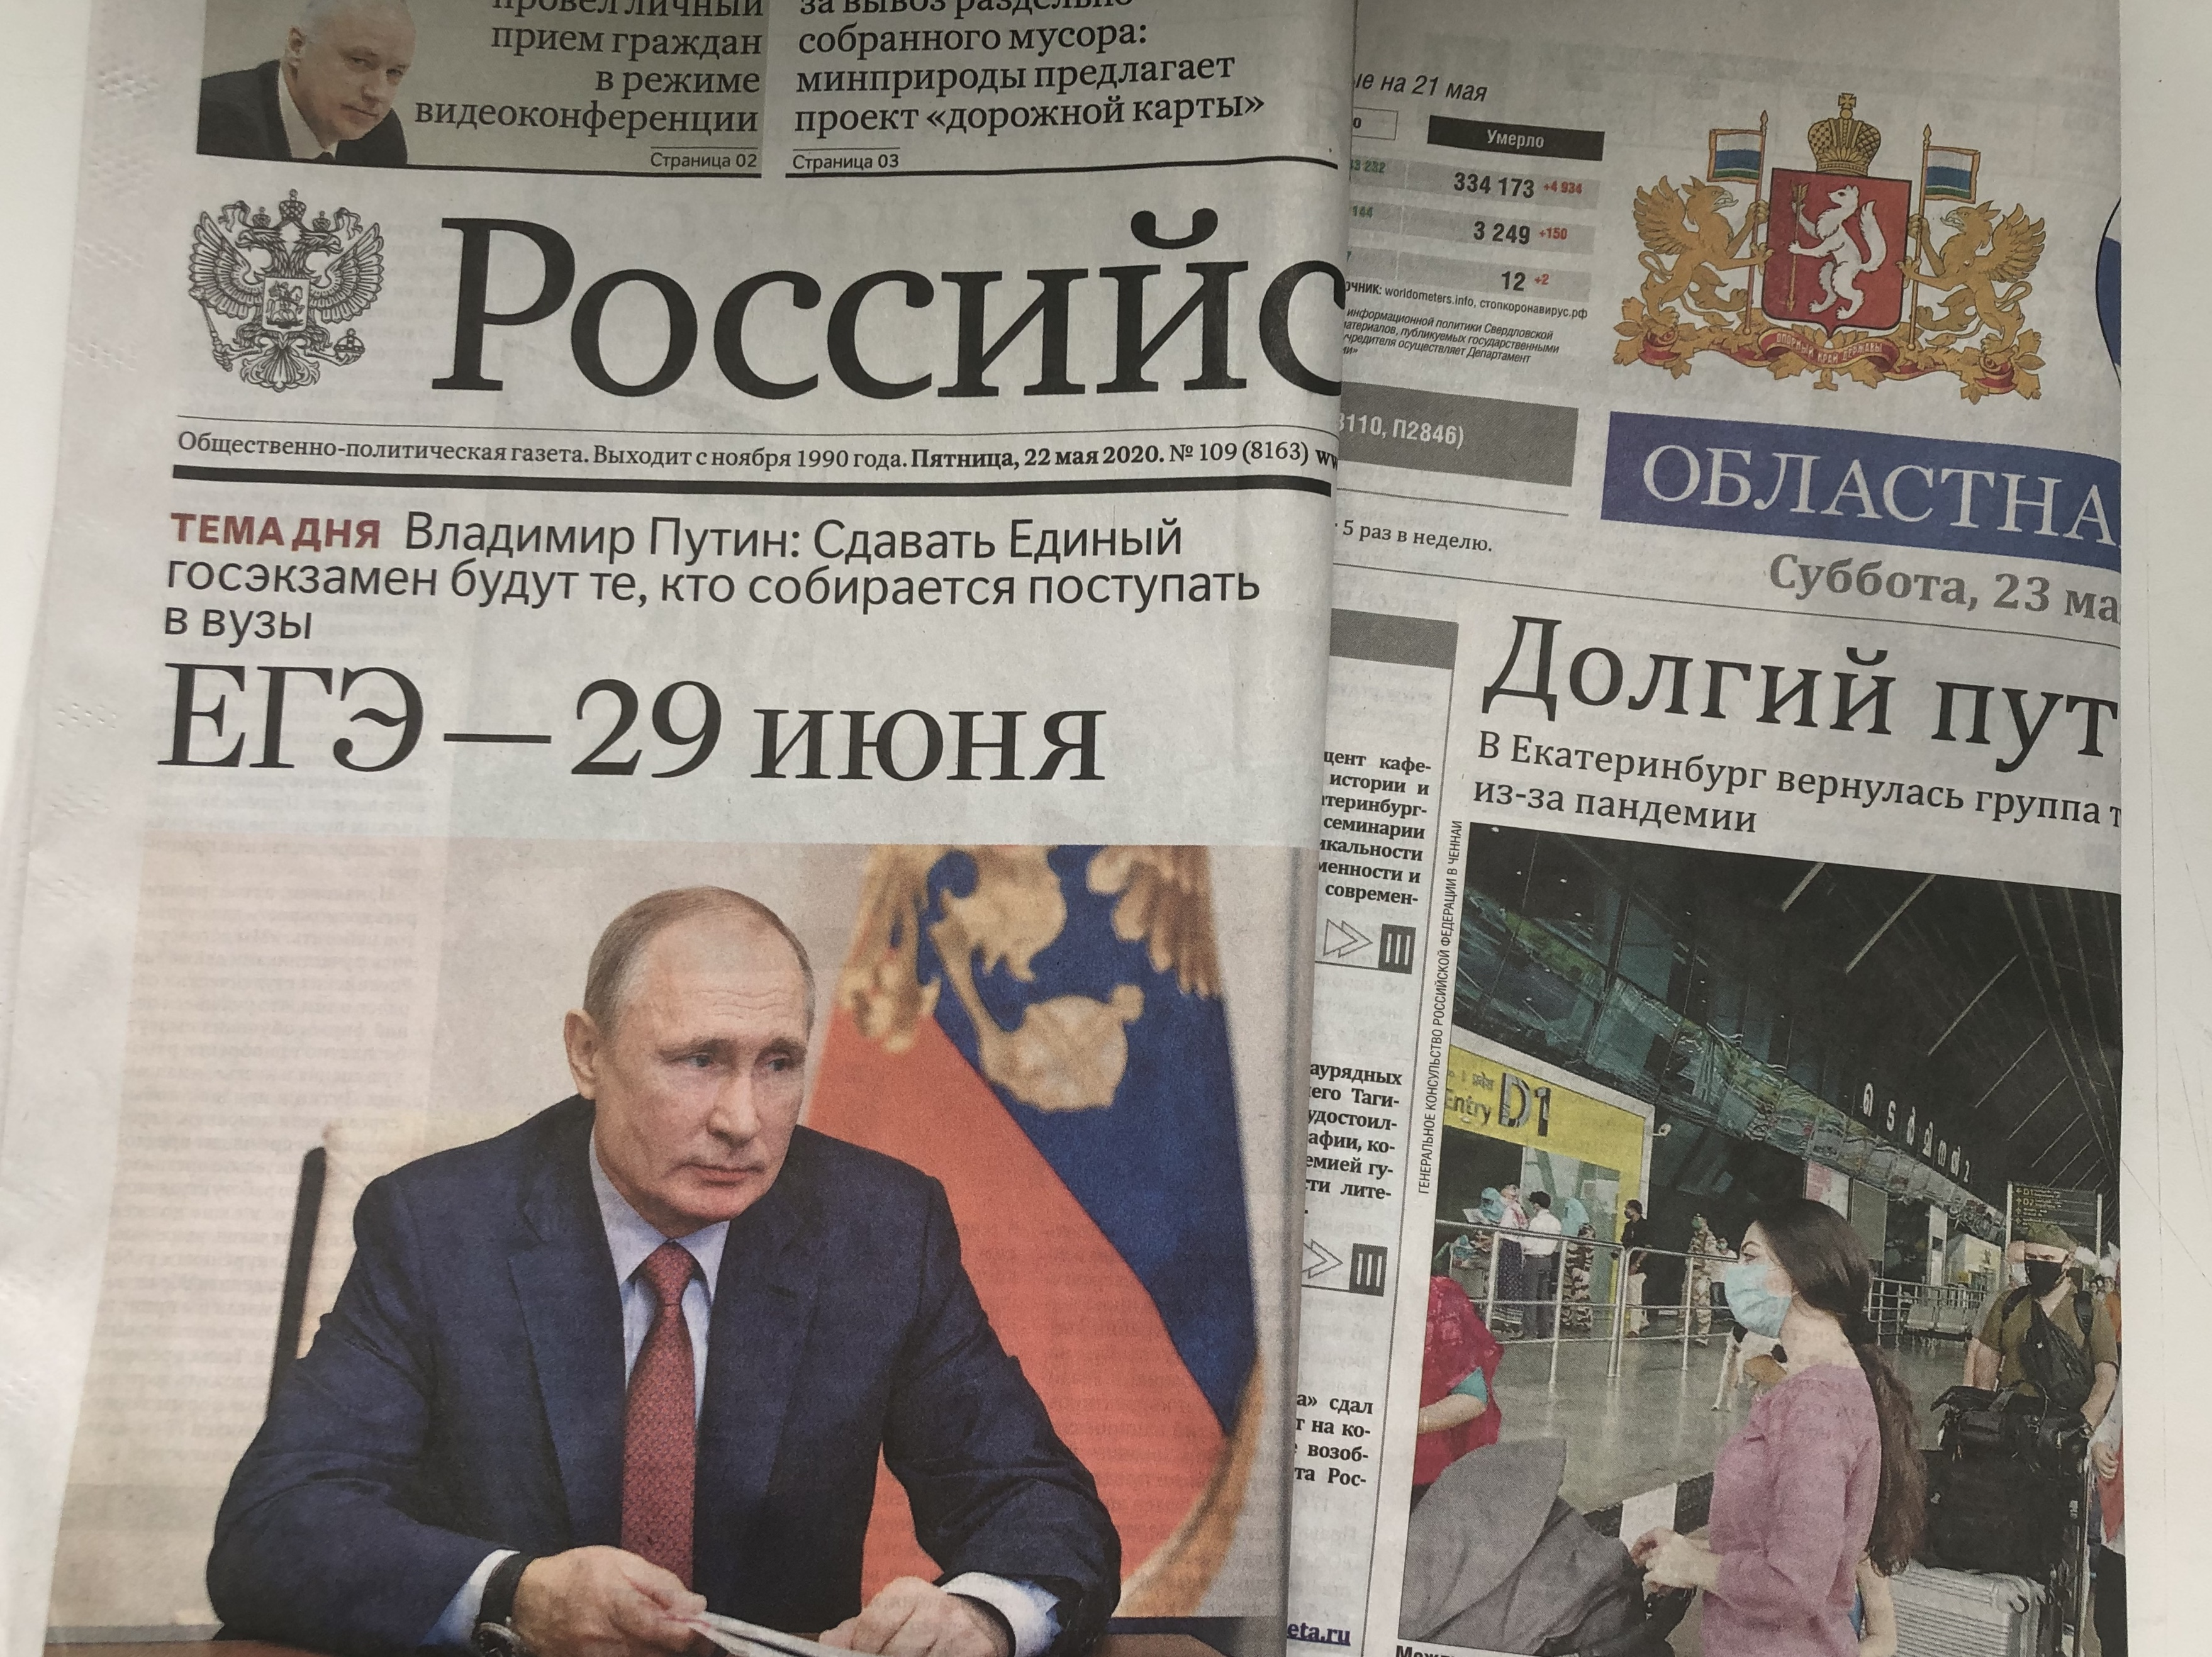
Language: ru